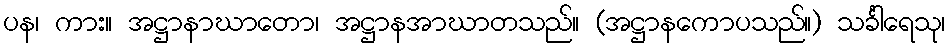
ပန၊ ကား။ အဋ္ဌာနာဃာတော၊ အဋ္ဌာနအာဃာတသည်။ (အဋ္ဌာနကောပသည်။) သင်္ခါရေသု၊